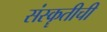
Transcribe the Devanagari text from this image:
संस्कॄतीची